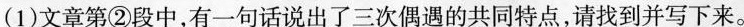
(1)文章第②段中,有一句话说出了三次偶遇的共同特点请找到并写下来。